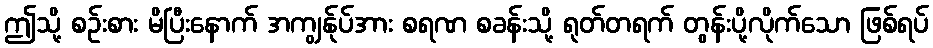
ဤသို့ စဉ်းစား မိပြီးနောက် အကျွန်ုပ်အား စရဏ စခန်းသို့ ရုတ်တရက် တွန်းပို့လိုက်သော ဖြစ်ရပ်